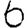
Digit: 6